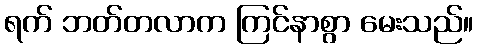
ရက် ဘတ်တလာက ကြင်နာစွာ မေးသည်။